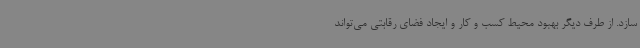
سازد. از طرف دیگر بهبود محیط کسب و کار و ایجاد فضای رقابتی می‌تواند